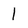
Character: 1